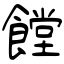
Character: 饄